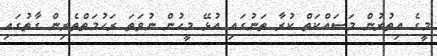
މީގެ އިތުރުން މަސައްކަތް ކުރާ ތަނުގައި އުޅޭ މީހުން ނުވަތަ ރަހުމަތްތެރިން ގާތުގައި